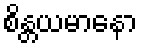
စိန္တယမာနော